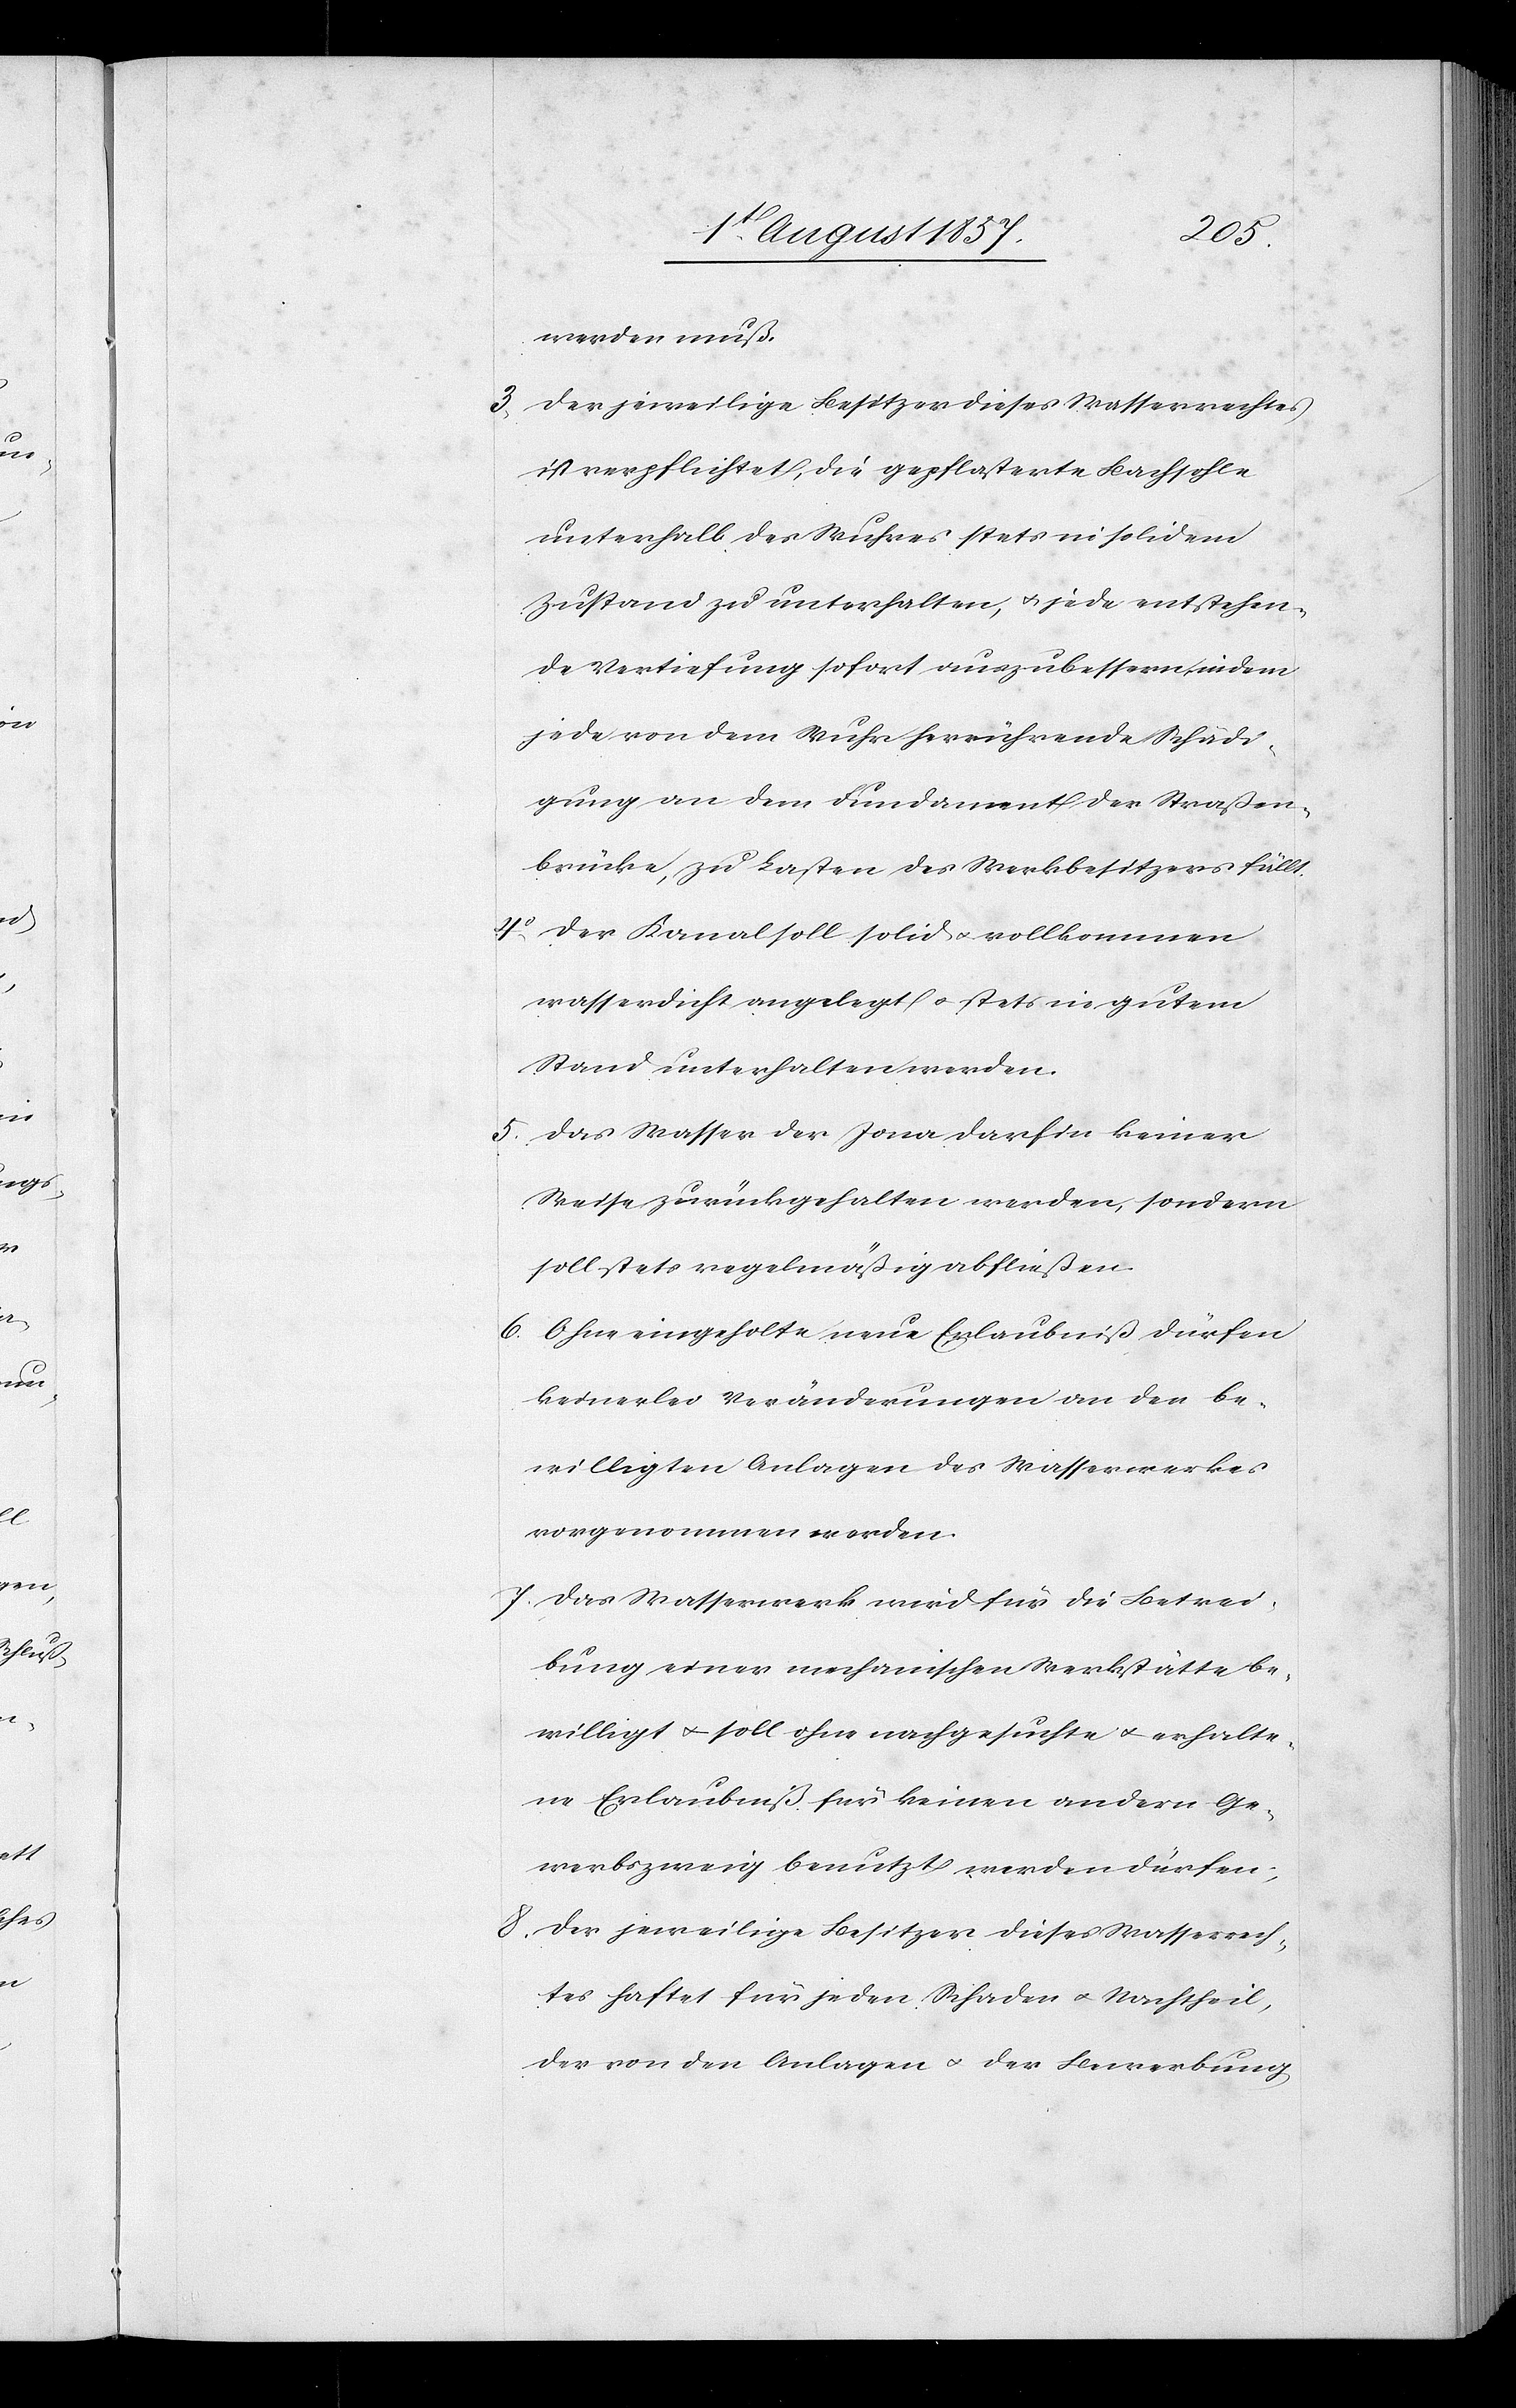
werden muß.
3, Der jeweilige Besitzer dieses Wasserrechtes
ist verpflichtet, die gepflasterte Bachsohle
unterhalb des Wuhres stets in solidem
Zustand zu unterhalten, & jede entstehen¬
de Vertiefung sofort auszubessern, in dem
jede von dem Wuhr herrührende Schädi¬
gung an dem Fundament der Straßen¬
brücke, zu Lasten des Werkbesitzers fällt.
4o, Der Kanal soll solid & vollkommen
wasserdicht angelegt & stets in gutem
Stand unterhalten werden.
5, Das Wasser der Jona darf in keiner
Weise zurückgehalten werden, sondern
soll stets regelmäßig abfließen.
6. Ohne eingeholte neue Erlaubniß dürfen
keinerlei Veränderungen an der be¬
willigten Anlagen des Wasserwerkes
vorgenommen worden.
7. Das Wasserwerk wird für die Betrei¬
bung einer mechanischen Werkstätte be¬
willigt & soll ohne nachgesuchte & erhalte¬
ne Erlaubniß für keinen andern Ge¬
werbszweig benutzt werden dürfen.
8. Der jeweilige Besitzer dieses Wasserrech¬
tes haftet für jeden Schaden & Nachtheil,
der von den Anlagen & der Bewerbung